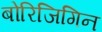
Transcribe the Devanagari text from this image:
बोरिजिगिन